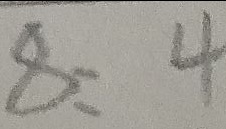
8 : 4